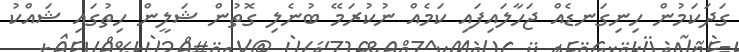
ގަދަކަމުން ހިނިގަނޑެއް ޖަހާލައިފައި ކަމެއް ނުކުރަމޭ ބުނެލި ގޮތުން ޝަލީން ހިތުގައި ޝައްކު